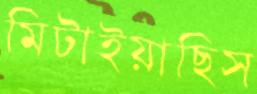
মিটাইয়াছিস